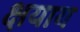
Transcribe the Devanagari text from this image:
क्षयाय